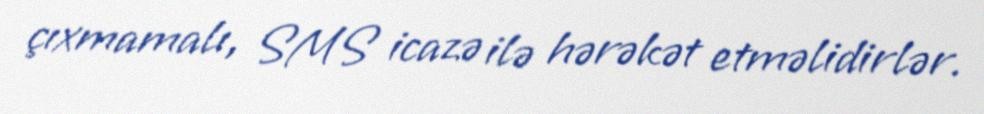
çıxmamalı, SMS icazə ilə hərəkət etməlidirlər.